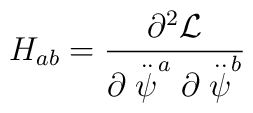
H_{ab}=\frac{\partial ^2{\cal L}}{\partial \stackrel{..}{\psi }^a\partial\stackrel{..}{\psi }^b}